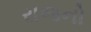
રાજનો